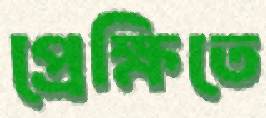
প্রেক্ষিতে